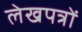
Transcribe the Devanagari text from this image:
लेखपत्रों